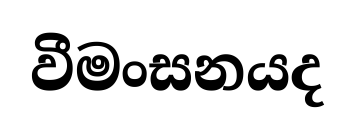
වීමංසනයද